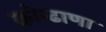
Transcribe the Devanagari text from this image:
कोन्ढाणा